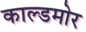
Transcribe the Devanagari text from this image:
काल्डमोर